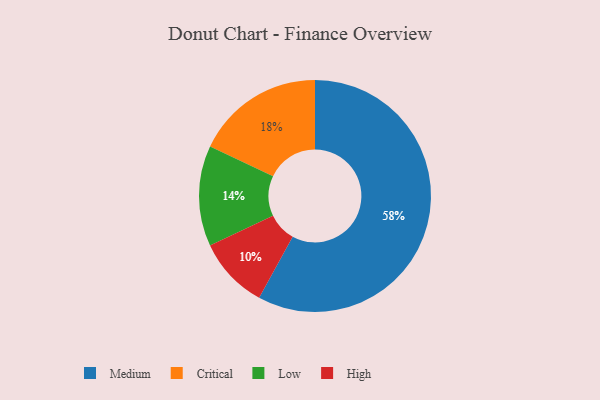
{"axis": {"x": "Category", "y": "Percentage"}, "legend": ["Critical", "High", "Low", "Medium"], "data": [{"x": "Medium", "y": 58, "type": "Medium"}, {"x": "Low", "y": 14, "type": "Low"}, {"x": "High", "y": 10, "type": "High"}, {"x": "Critical", "y": 18, "type": "Critical"}]}